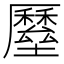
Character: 𡓸